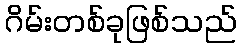
ဂိမ်းတစ်ခုဖြစ်သည်